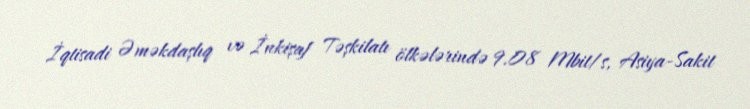
İqtisadi Əməkdaşlıq və İnkişaf Təşkilatı ölkələrində 9.08 Mbit/s, Asiya-Sakit